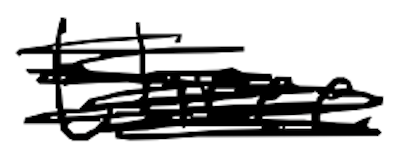
Text: three
Cross-out: scratch
Writing tool: digital_black